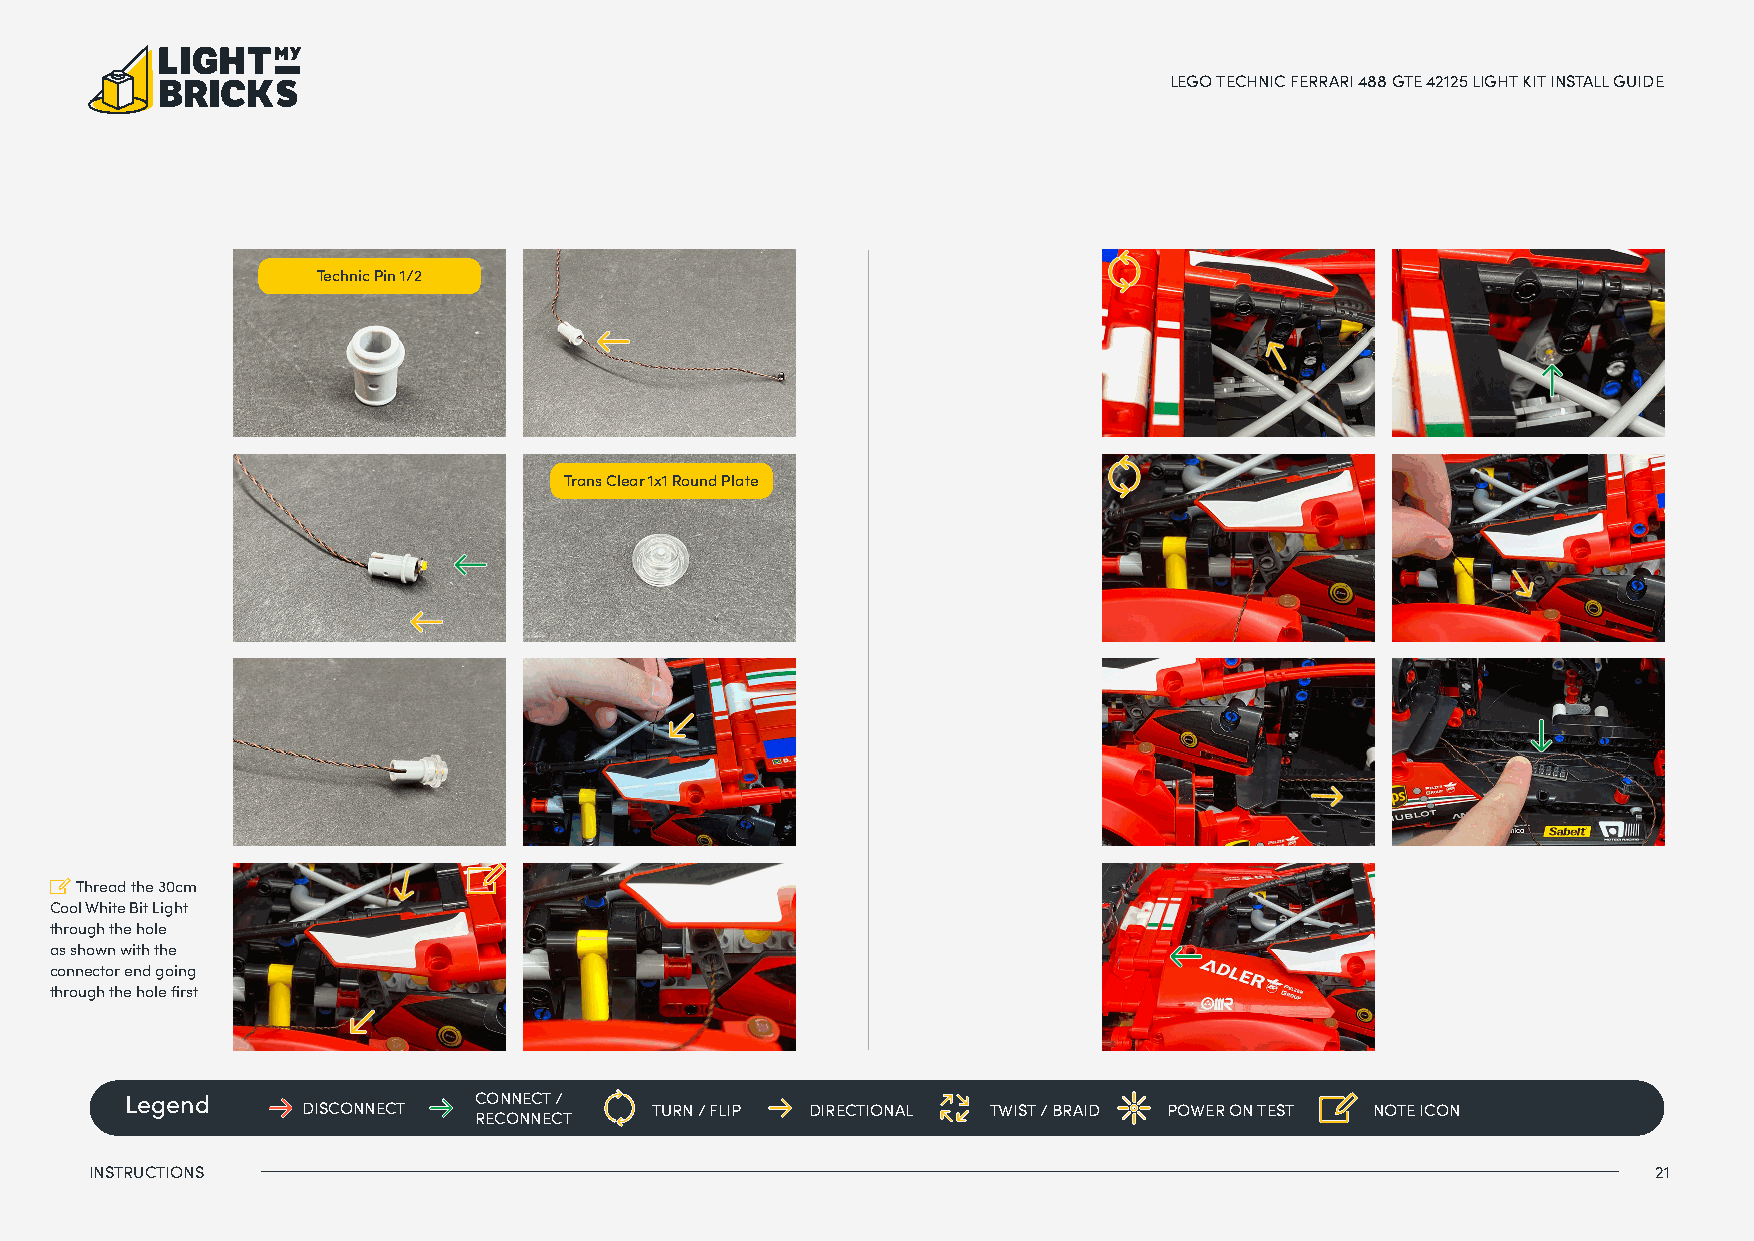
LEGO TECHNIC FERRARI 488 GTE 42125 LIGHT KIT INSTALL GUIDE
 Technic Pin 1/2
 Trans Clear 1x1 Round Plate
 Thread the 30cm
 Cool White Bit Light
 through the hole
 as shown with the
 connector end going
 through the hole first
 Legend                 CONNECT /
 DISCONNECT             TURN / FLIP DIRECTIONAL TWIST / BRAID POWER ON TEST NOTE ICON
 RECONNECT
 INSTRUCTIONS                                                                                            21